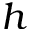
h